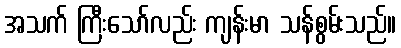
အသက် ကြီးသော်လည်း ကျန်းမာ သန်စွမ်းသည်။